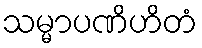
သမ္မာပဏိဟိတံ